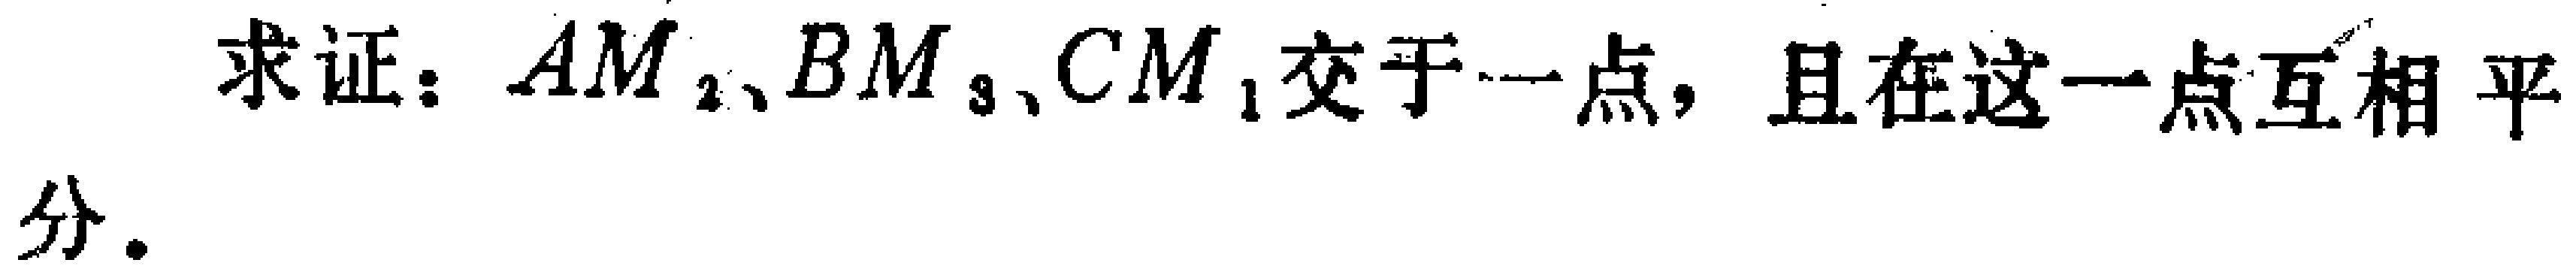
求证：$AM_{2}、BM_{3}、CM_{1}$交于一点，且在这一点互相平分.